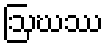
ဩဃဿ